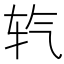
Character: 𮷘